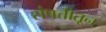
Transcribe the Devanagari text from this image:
संपत्तीतून